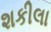
શકીલા